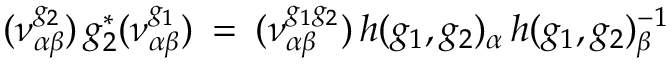
( \nu _ { \alpha \beta } ^ { g _ { 2 } } ) \, g _ { 2 } ^ { * } ( \nu _ { \alpha \beta } ^ { g _ { 1 } } ) \: = \: ( \nu _ { \alpha \beta } ^ { g _ { 1 } g _ { 2 } } ) \, h ( g _ { 1 } , g _ { 2 } ) _ { \alpha } \, h ( g _ { 1 } , g _ { 2 } ) _ { \beta } ^ { - 1 }